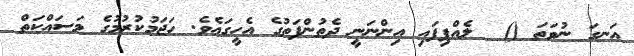
އަނގަ ނުވަތަ ()  ލެއްޕިފައި އިންނަނީ ދެތުންފަތުގެ އެހީގައެވެ. ހަޖަމުކުރުމުގެ މަސައްކަތް